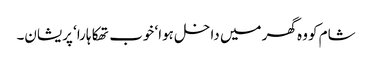
شام کو وہ گھر میں داخل ہوا‘ خوب تھکا ہارا‘ پریشان۔